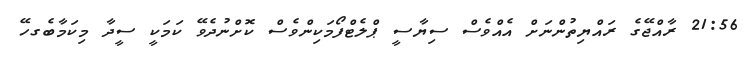
21:56 ރާއްޖޭގެ ރައްޔިތުންނަށް އެއްވެސް ސިޔާސީ ޕްލެޓްފޯމަކިންވެސް ކޮށްނުދެވޭ ކަމަކީ ސީދާ މިކަމާބެގހޭ